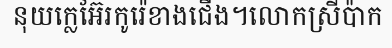
នុយក្លេអ៊ែរកូរ៉េខាងជើង។លោកស្រីប៉ាក